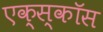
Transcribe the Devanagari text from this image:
एक्स्कॉस